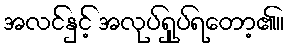
အလင်နှင့် အလုပ်ရှုပ်ရတော့၏။